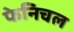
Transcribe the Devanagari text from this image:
फेनिचल